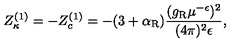
Z _ { \kappa } ^ { ( 1 ) } = - Z _ { c } ^ { ( 1 ) } = - ( 3 + \alpha _ { \mathrm { R } } ) \frac { ( g _ { \mathrm { R } } \mu ^ { - \epsilon } ) ^ { 2 } } { ( 4 \pi ) ^ { 2 } \epsilon } ,